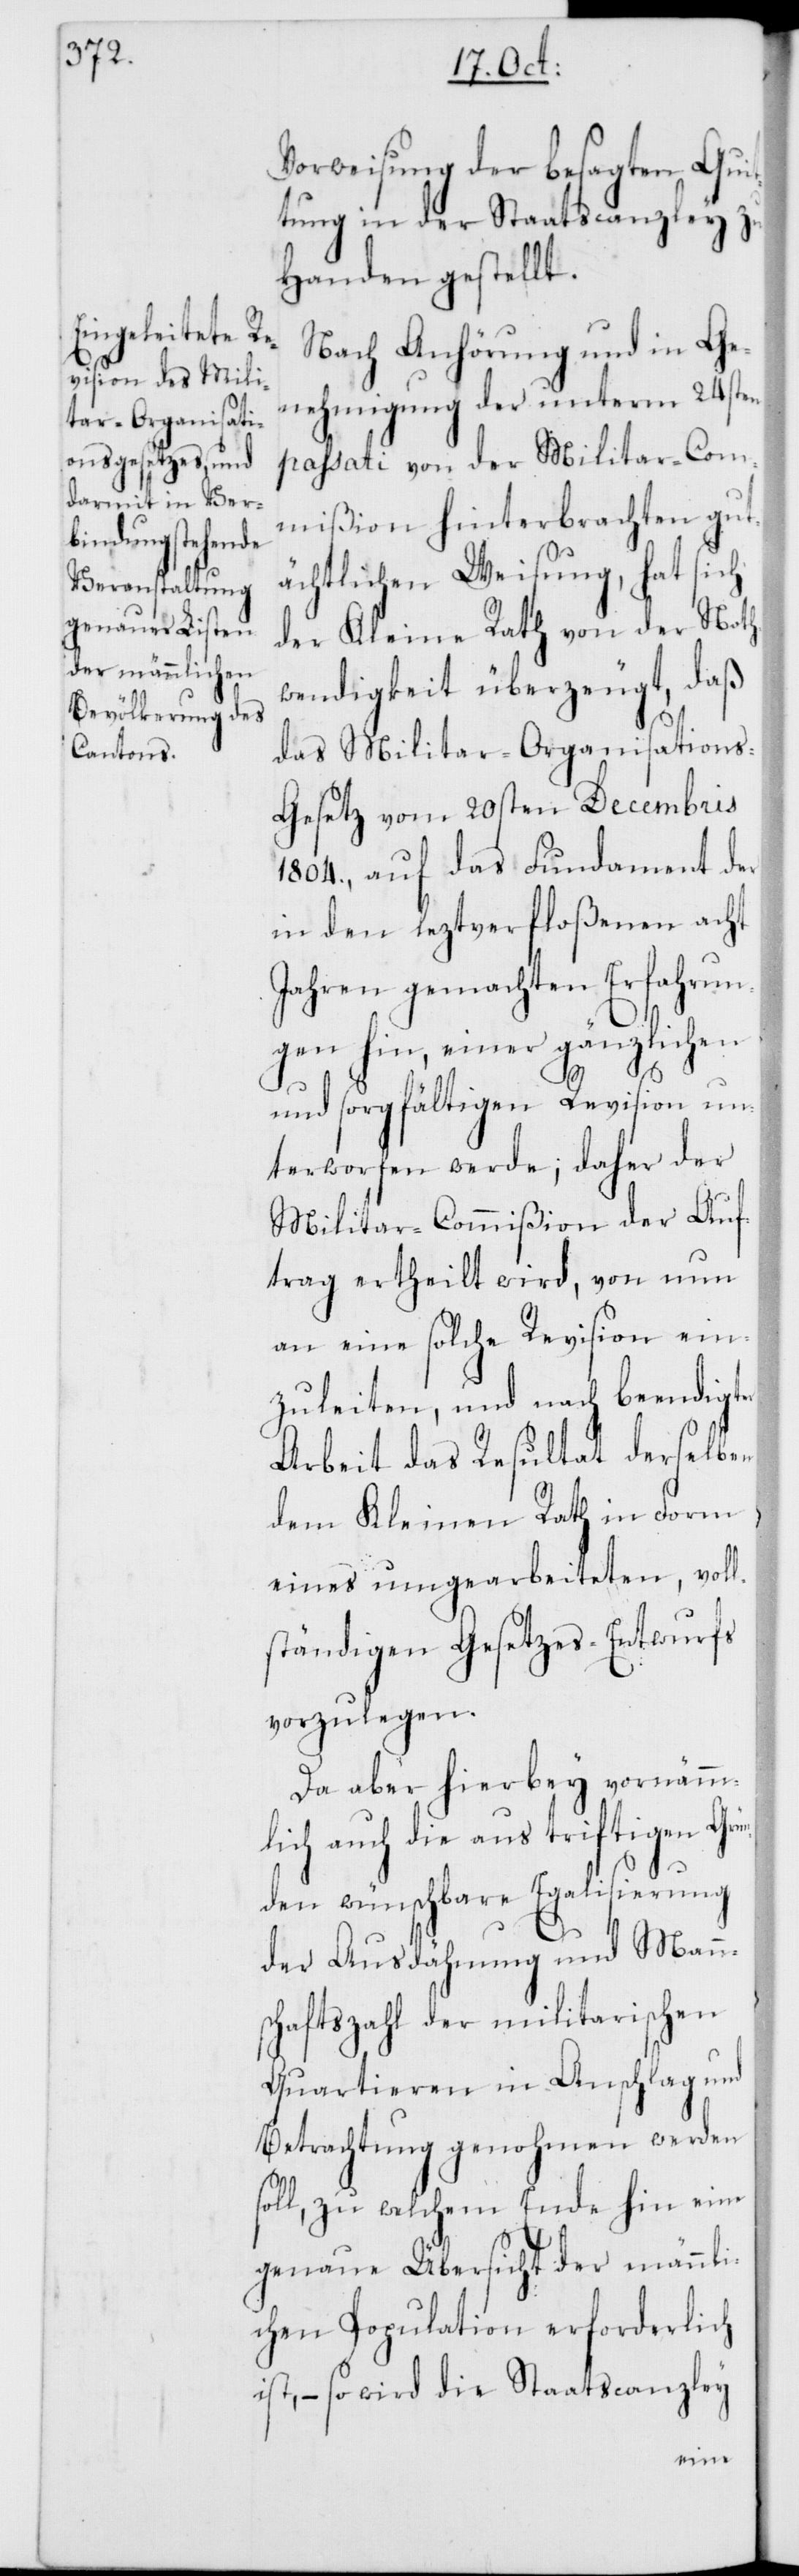
Vorweisung der besagten Quit¬
tung in der Staatscanzley zu
Handen gestellt.
Nach Anhörung und in Ge¬
nehmigung der unterm 24sten
passati von der Militar-Com¬
mißion hinterbrachten gut¬
ächtlichen Weisung, hat sich
der Kleine Rath von der Noth¬
wendigkeit überzeugt, daß
das Militar-Organisation¬
s-Gesetz vom 20sten Decembris
1804., auf das Fundament der
in den leztverfloßenen acht
Jahren gemachten Erfahrun¬
gen hin, einer gänzlichen
und sorgfältigen Revision un¬
terworfen werde; daher der
Militar-Commißion der Auf¬
trag ertheilt wird, von nun
an eine solche Revision ein¬
zuleiten, und nach beendigter
Arbeit das Resultat derselben
dem Kleinen Rath in Form
eines umgearbeiteten, voll¬
ständigen Gesetzes-Entwurfs
vorzulegen.
Da aber hierbey vornämm¬
lich auch die aus triftigen Grü¬
nden wünschbare Egalisierung
der Ausdehnung und Mann¬
schaftszahl der militarischen
Quartieren in Anschlag und
Betrachtung genohmen werden
soll, zu welchem Ende hin eine
genaue Übersicht der männli¬
chen Population erforderlich
ist, – so wird die Staatscanzley